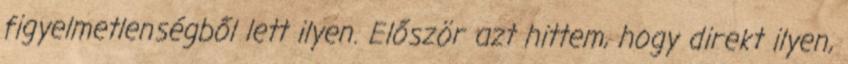
figyelmetlenségből lett ilyen. Először azt hittem, hogy direkt ilyen,